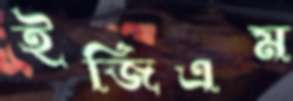
ইজিএম